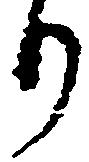
り